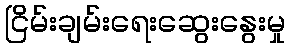
ငြိမ်းချမ်းရေးဆွေးနွေးမှု